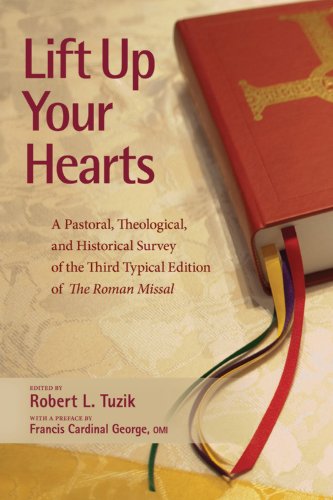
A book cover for Lift Up Your Hearts: A Pastoral, Theological, and Historical Survey of the Third Typical Edition of The Roman Missal; PHD with a Preface written by Francis Cardinal George; Literature & Fiction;